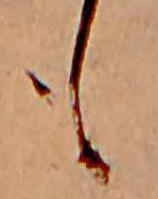
も